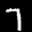
Label: 7